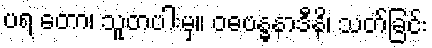
ပရ တော၊ သူတပါးမှ။ ဝဓဗန္ဓနာဒီနိ၊ သတ်ခြင်း